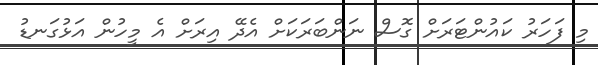
މި ފަހަރު ކައުންޓަރަށް ގޮސް ނަންބަރަކަށް އެދޭ އިރަށް އެ މީހުން އަޅުގަނޑު